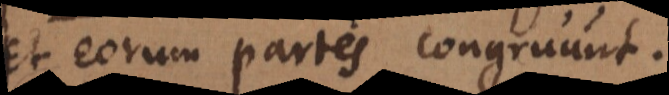
et eorum partes congruunt.